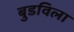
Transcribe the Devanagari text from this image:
बुडविला